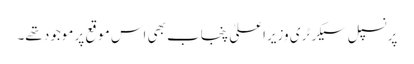
پرنسپل سیکرٹری وزیراعلیٰ پنجاب بھی اس موقع پر موجود تھے۔